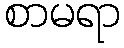
စာမရာ